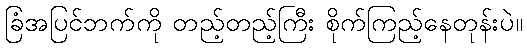
ခြံအပြင်ဘက်ကို တည့်တည့်ကြီး စိုက်ကြည့်နေတုန်းပဲ။